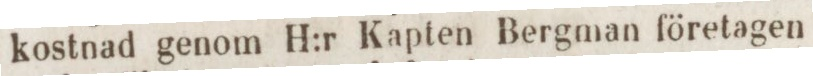
kostnad genom H:r Kapten Bergman företagen